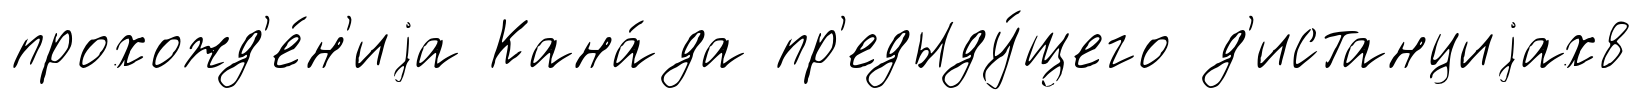
прохожд'е́н'иjа Кана́да пр'едыду́щего д'истанциjах8